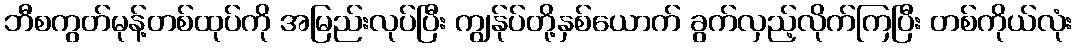
ဘီစကွတ်မုန့်တစ်ထုပ်ကို အမြည်းလုပ်ပြီး ကျွန်ုပ်တို့နှစ်ယောက် ခွက်လှည့်လိုက်ကြပြီး တစ်ကိုယ်လုံး